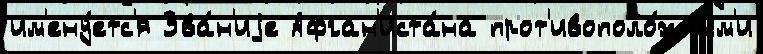
им'ену́етс'я Зва́н'иjе Афган'иста́на прот'ивополо́жным'и